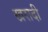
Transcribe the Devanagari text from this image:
खरादी